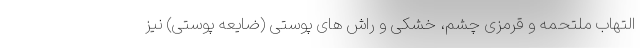
التهاب ملتحمه و قرمزی چشم، خشکی و راش های پوستی (ضایعه پوستی) نیز